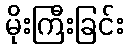
မိုးကြီးခြင်း